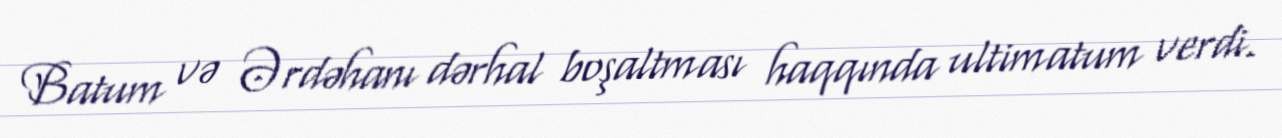
Batum və Ərdəhanı dərhal boşaltması haqqında ultimatum verdi.